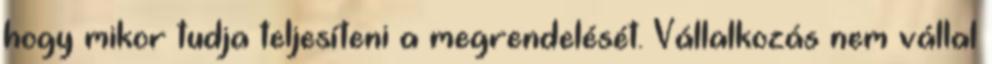
hogy mikor tudja teljesíteni a megrendelését. Vállalkozás nem vállal